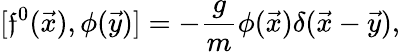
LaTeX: [\mathfrak{f}^{0}(\vec{{x}}),\phi(\vec{{y}})]=-\frac{{g}}{{m}}\phi(\vec{{x}})\delta(\vec{{x}}-\vec{{y}}),